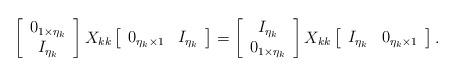
LaTeX: \begin{align*} \left[\begin{array}{c} 0_{1\times\eta_k} \\ I_{\eta_k} \end{array}\right] X_{kk} \left[\begin{array}{cc} 0_{\eta_k\times 1} & I_{\eta_k} \end{array}\right]= \left[\begin{array}{c} I_{\eta_k} \\ 0_{1\times\eta_k} \end{array}\right] X_{kk} \left[\begin{array}{cc} I_{\eta_k} & 0_{\eta_k \times 1} \end{array}\right].\end{align*}